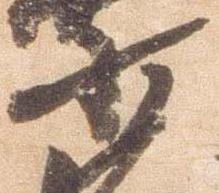
少